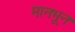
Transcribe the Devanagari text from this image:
मानभून